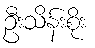
ဦးသိန်းစိုး